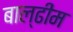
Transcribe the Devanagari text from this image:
बाल्ढीम